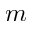
m